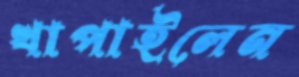
খাপাইলেন